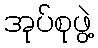
အုပ်စုဖွဲ့